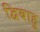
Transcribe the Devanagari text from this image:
द्विबाहु